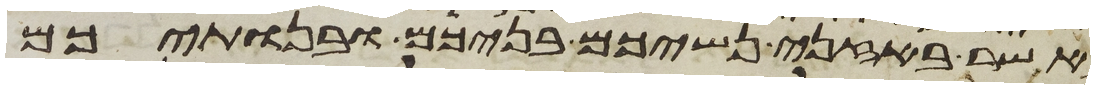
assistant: אשר באזני נשיכם בניכם ובנתיכם